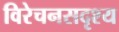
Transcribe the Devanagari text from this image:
विरेचनसदृश्य